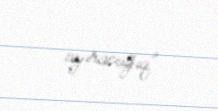
ayıracağıq”.